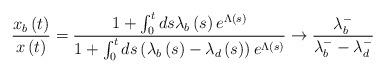
LaTeX: \begin{align*}\frac{x_{b}\left( t\right) }{x\left( t\right) }=\frac{1+\int_{0}^{t}ds\lambda _{b}\left( s\right) e^{\Lambda \left( s\right) }}{1+\int_{0}^{t}ds\left( \lambda _{b}\left( s\right) -\lambda _{d}\left(s\right) \right) e^{\Lambda \left( s\right) }}\rightarrow \frac{\lambda_{b}^{-}}{\lambda _{b}^{-}-\lambda _{d}^{-}} \end{align*}